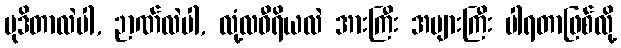
မုဒိတာလဲပါ, ဉာဏ်လဲပါ, လုံ့လဝီရိယလဲ အားကြီး အများကြီး ပါရတာဖြစ်လို့